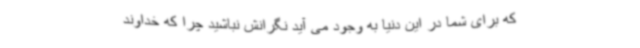
که برای شما در این دنیا به وجود می آید نگرانش نباشید چرا که خداوند